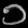
Digit: ၁